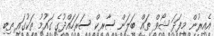
އެއިރުން މިފަދަ ޝޯވް ތައް ބަލަން ސާރކް ސަރަހައްދުގެ ގައުމު ތަކުގައި ތިބި